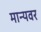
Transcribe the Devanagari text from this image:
मान्‍यवर